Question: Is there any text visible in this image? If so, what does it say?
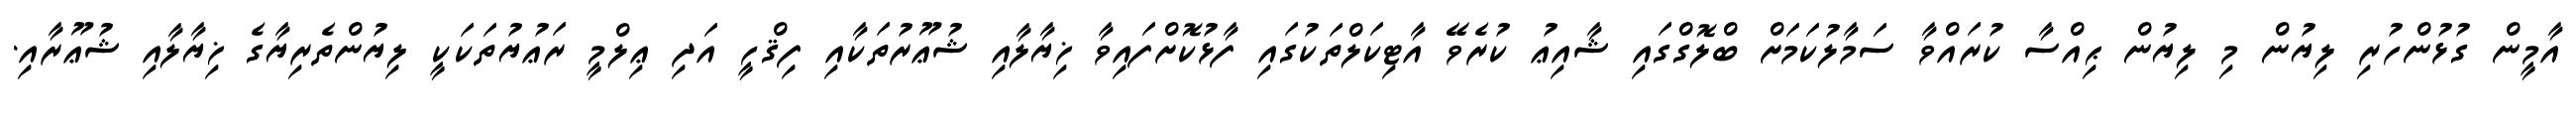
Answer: އާމީން ގުޅުންހުރި ލިޔުން މި ލިޔުން ޙިއްސާ ކުރައްވާ ސަމާލުކަމަށް ބްލޮގްގައި ޝާއިޢު ކުރެވޭ އާޓިކަލްތަކުގައި ފާޅުކޮށްފައިވާ ޚިޔާލާއި ޝުޢޫރުތަކާއި ފިޤްހީ އަދި ޢިލްމީ ރަޢުޔުތަކަކީ ލިޔުންތެރިޔާގެ ޚިޔާލާއި ޝުޢޫރާއި.